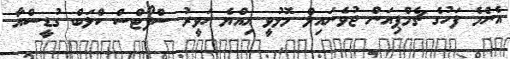
އެންމެ ފަހުގެ ޗެމްޕިއަން ޖުވެނައިލް މޮޅުވީ އިއްޔެ ހަވީރު ސްޕޯޓްސް ކްލަބް ގުޑީސްއާ